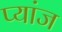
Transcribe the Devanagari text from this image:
प्यांज